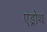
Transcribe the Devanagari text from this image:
एंड्रोथ